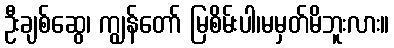
ဦးချစ်ဆွေ၊ ကျွန်တော် မြစိမ်းပါ၊မမှတ်မိဘူးလား။